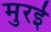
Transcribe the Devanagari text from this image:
मुरई